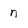
Character: n